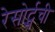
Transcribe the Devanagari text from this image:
रेसोर्ट्सची